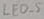
Text: LED_5